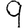
Digit: 9